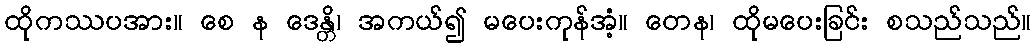
ထိုကဿပအား။ စေ န ဒေန္တိ၊ အကယ်၍ မပေးကုန်အံ့။ တေန၊ ထိုမပေးခြင်း စသည်သည်။